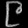
Digit: ၉